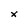
Character: x